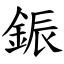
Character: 鋠